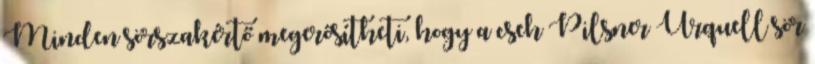
Minden sörszakértő megerősítheti, hogy a cseh Pilsner Urquell sör